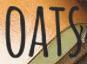
OATS